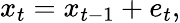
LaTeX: x_{t}=x_{t-1}+e_{t},